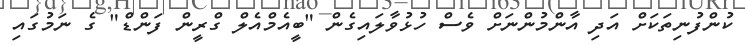
ކުންފުނިތަކަށް އަދި އާންމުންނަށް ވެސް ހުޅުވާލައިގެން "ބީއެމްއެލް ގްރީން ފަންޑް" ގެ ނަމުގައި